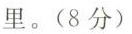
里。(8分)